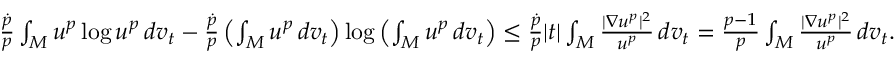
\begin{array} { r } { \frac { \dot { p } } { p } \int _ { M } u ^ { p } \log u ^ { p } \, d v _ { t } - \frac { \dot { p } } { p } \left( \int _ { M } u ^ { p } \, d v _ { t } \right) \log \left( \int _ { M } u ^ { p } \, d v _ { t } \right) \le \frac { \dot { p } } { p } | t | \int _ { M } \frac { | \nabla u ^ { p } | ^ { 2 } } { u ^ { p } } \, d v _ { t } = \frac { p - 1 } { p } \int _ { M } \frac { | \nabla u ^ { p } | ^ { 2 } } { u ^ { p } } \, d v _ { t } . } \end{array}